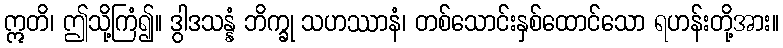
ဣတိ၊ ဤသို့ကြံ၍။ ဒွါဒသန္နံ ဘိက္ခု သဟဿာနံ၊ တစ်သောင်းနှစ်ထောင်သော ရဟန်းတို့အား။